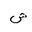
Letter: _shin